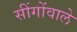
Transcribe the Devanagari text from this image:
सींगोंवाले